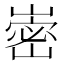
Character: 𭗏